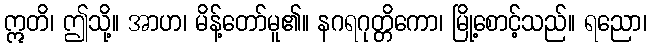
ဣတိ၊ ဤသို့။ အာဟ၊ မိန့်တော်မူ၏။ နဂရဂုတ္တိကော၊ မြို့စောင့်သည်။ ရညော၊